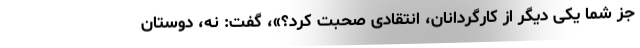
جز شما یکی دیگر از کارگردانان، انتقادی صحبت کرد؟»، گفت: نه، دوستان